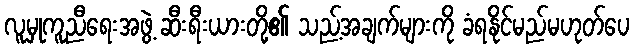
လူမှုကူညီရေးအဖွဲ့ ဆီးရီးယားတို့၏ သည့်အချက်များကို ခံရနိုင်မည်မဟုတ်ပေ